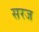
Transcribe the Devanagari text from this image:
सरज